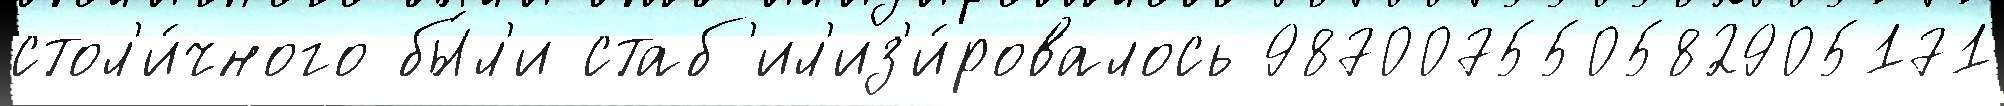
стол'и́чного бы́л'и стаб'ил'из'и́ровалось 987007550582905171